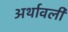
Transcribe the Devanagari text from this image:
अर्थावली